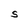
Character: S